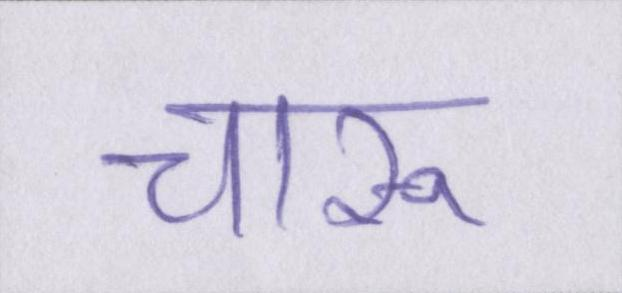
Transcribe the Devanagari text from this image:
चारू